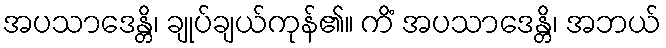
အပသာဒေန္တိ၊ ချုပ်ချယ်ကုန်၏။ ကိံ အပသာဒေန္တိ၊ အဘယ်